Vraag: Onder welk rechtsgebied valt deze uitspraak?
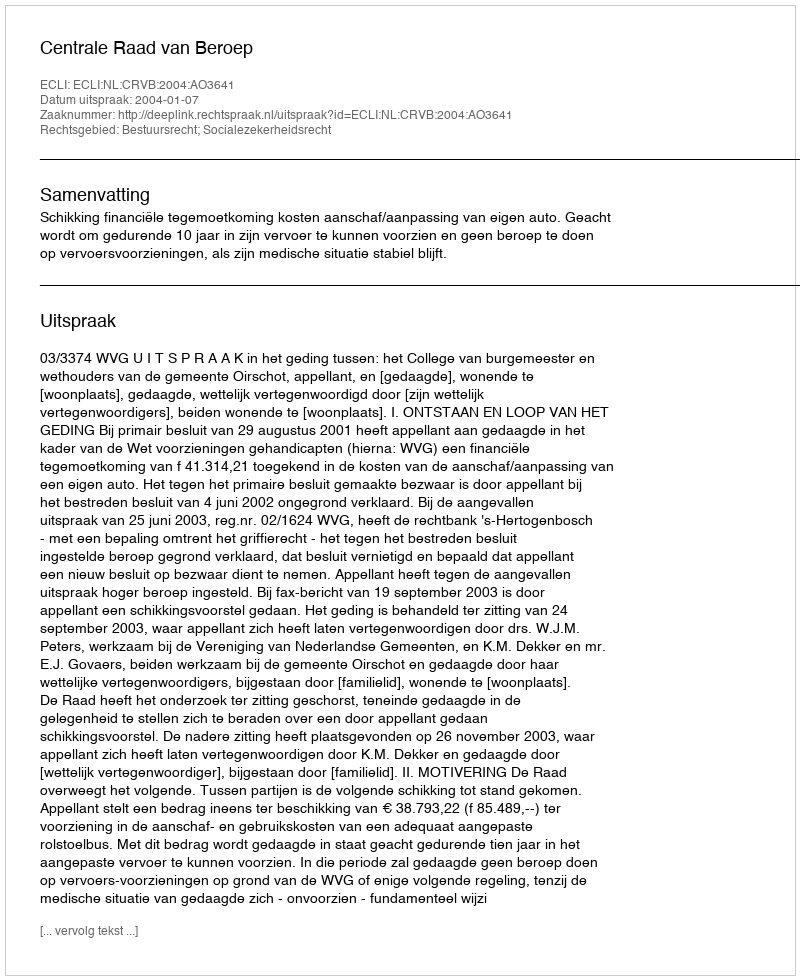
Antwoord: Bestuursrecht; Socialezekerheidsrecht